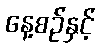
နေ့စဉ်နှင့်